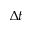
\Delta t